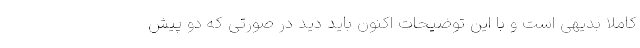
کاملا بدیهی است و با این توضیحات اکنون باید دید در صورتی که دو پیش